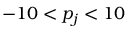
- 1 0 < p _ { j } < 1 0